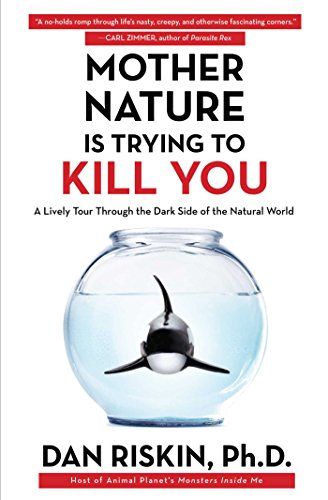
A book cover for Mother Nature Is Trying to Kill You: A Lively Tour Through the Dark Side of the Natural World; Dan Riskin Ph.D.; Science & Math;